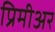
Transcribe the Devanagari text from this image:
प्रिमीअर